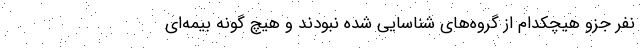
نفر جزو هیچکدام از گروه‌های شناسایی شده نبودند و هیچ گونه بیمه‌ای